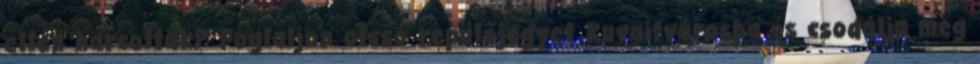
ellen harcoltak? Foglaljon olcsó repülőjegyet Kuvaitvárosba és csodálja meg